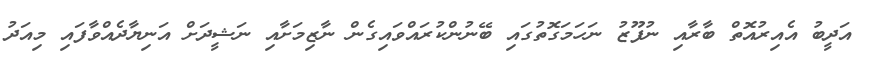
އަދީބު އެއިރުއޮތް ބާރާއި ނުފޫޒު ނަހަމަގޮތުގައި ބޭނުންކުރައްވައިގެން ނާޒިމަށާއި ނަޝީދަށް އަނިޔާދެއްވާފައި މިއަދު